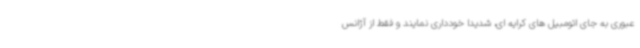
عبوری به جای اتومبیل های کرایه ای، شدیدا خودداری نمایند و فقط از آژانس